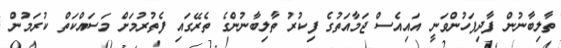
ތާލިބާނުން ފާދިފަހުންވަނީ އައިއެސް ޖަމާއަތުގެ ފިކުރު ތާލިބާނުންގެ ތެރޭގައި ފެތުރުމަށް މަސައްކަތް ކުރަމުން